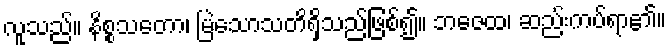
လူသည်။ နိစ္စသတော၊ မြဲသောသတိရှိသည်ဖြစ်၍။ ဘဇေထ၊ ဆည်းကပ်ရာ၏။